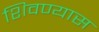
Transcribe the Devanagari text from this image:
शिवण्यास